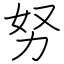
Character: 努